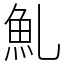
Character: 䰲